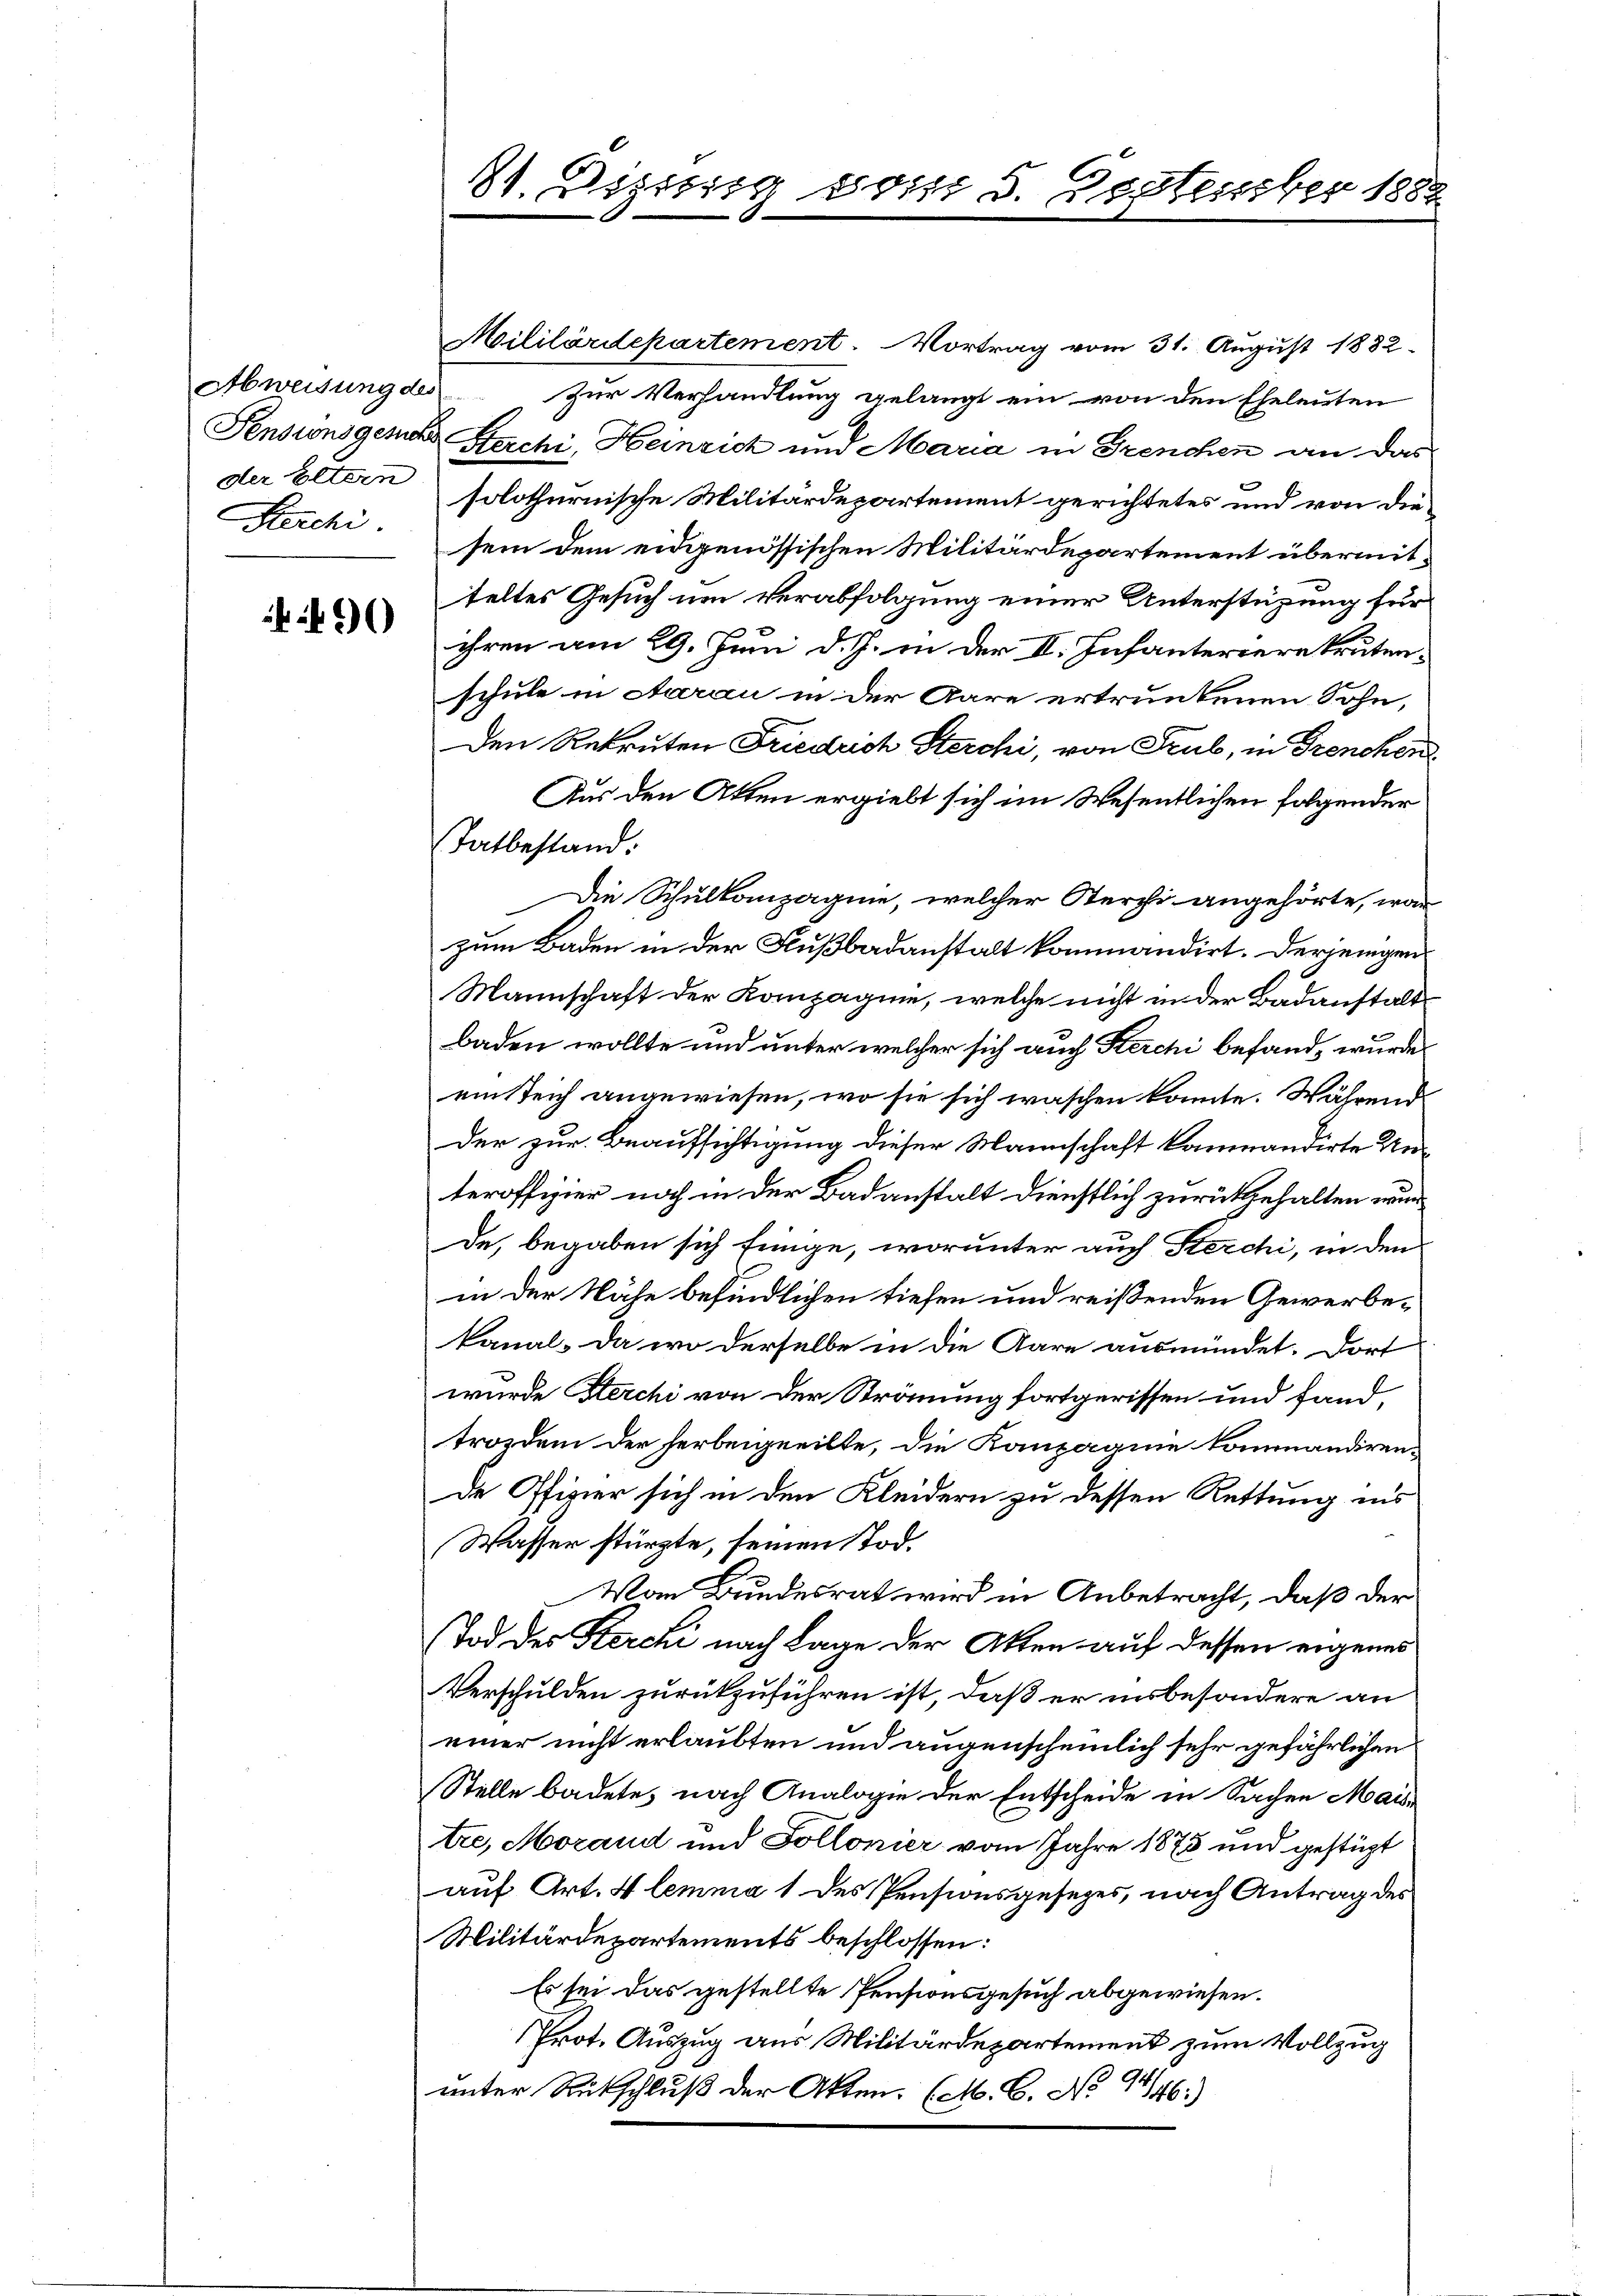
der Eltern
Kerchi

490

81. Disssig vom 5. September 1882

Mililärdepartement. Vortrag vom 31. August 1832.
Abweisung des Zur Verhandlung gelangt ein von den Eheleuten
Pensionsgesehe Beschi, Heinrich und Maria in Grenchen an das
solothurnische Militärdepartement gerichtetes und von diesein dem eidgenössischen Militärdepartement übermitteltes Gesuch um Verabfolgung einer Unterstüzung für
ihren am 29. Juni d. J. in der II. Infanterierekrutenschule in Aarau in der Aare ertrunkenen Sohn,
Den Rekruten Friedrich Sterchi, von Trub, in Trenchen
Aus den Atten ergiebt sich im Wesentlichen folgender
Tatbestand:
Die Schulkompagnie, welcher Kerchi angehörte, war
zum Baden in der Fußbadanstalt kommandirt. Derjenigen
Mannschaft der Kompagnie, welche nicht in der Badanstalt
Baden wollte und unter welcher sich auch Kerchi befand, wurde
ein Teich angewiesen, wo sie sich waschen konnte. Während
der zur Beaufsichtigung dieser Mannschaft kommandirte Un-
teroffizier noch in der Badanstalt dienstlich zurükgehalten wurd
de, begaben sich Einge, worunter auch Sterchi, in den
in der Nähe befindlichen tiefen und reißenden Gewerbekanal. Da wo derselbe in die Aare ausmündet. Dort
wurde Sterchi von der Strömung fortgerissen und fand-
trozdem der herbeigeeilte, die Kanzagnie kommandiren-
de Offizier sich in den Kleidern zu dessen Rettung ins
Wasser stürzte, seinen od.
Von Bundesrat wird in Anbetracht, daß der
Tod der Kerchi nach Lage der Akten auf dessen eigenes
Verschulden zurückzuführen ist, daß er insbesondere an
einer nicht erlaubten und augenscheinlich sehr gefährlichen
Stelle badete, nach Analogie der Entscheide in Sachen Mais
tre, Morand und Sollonier vom Jahre 1875 und gestüzt
auf Art. 4 lemma 1 des Pensionsgesetzes, nach Antrag des
Militärdepartements beschlossen:
Es sei das gestellte Pensionsgesuch abgewiesen.
Prot. Auszug aus Militärdepartement zum Vollzug
unter Rückschluß der Akten. (M. C. No 47/46.)